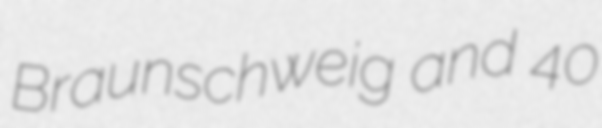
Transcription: Braunschweig and 40